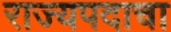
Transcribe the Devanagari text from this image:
राज्यपदाचा